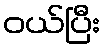
ဝယ်ပြီး